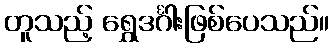
တူသည့် ရွှေဒင်္ဂါးဖြစ်ပေသည်။